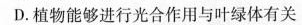
D.植物能够进行光合作用与叶绿体有关